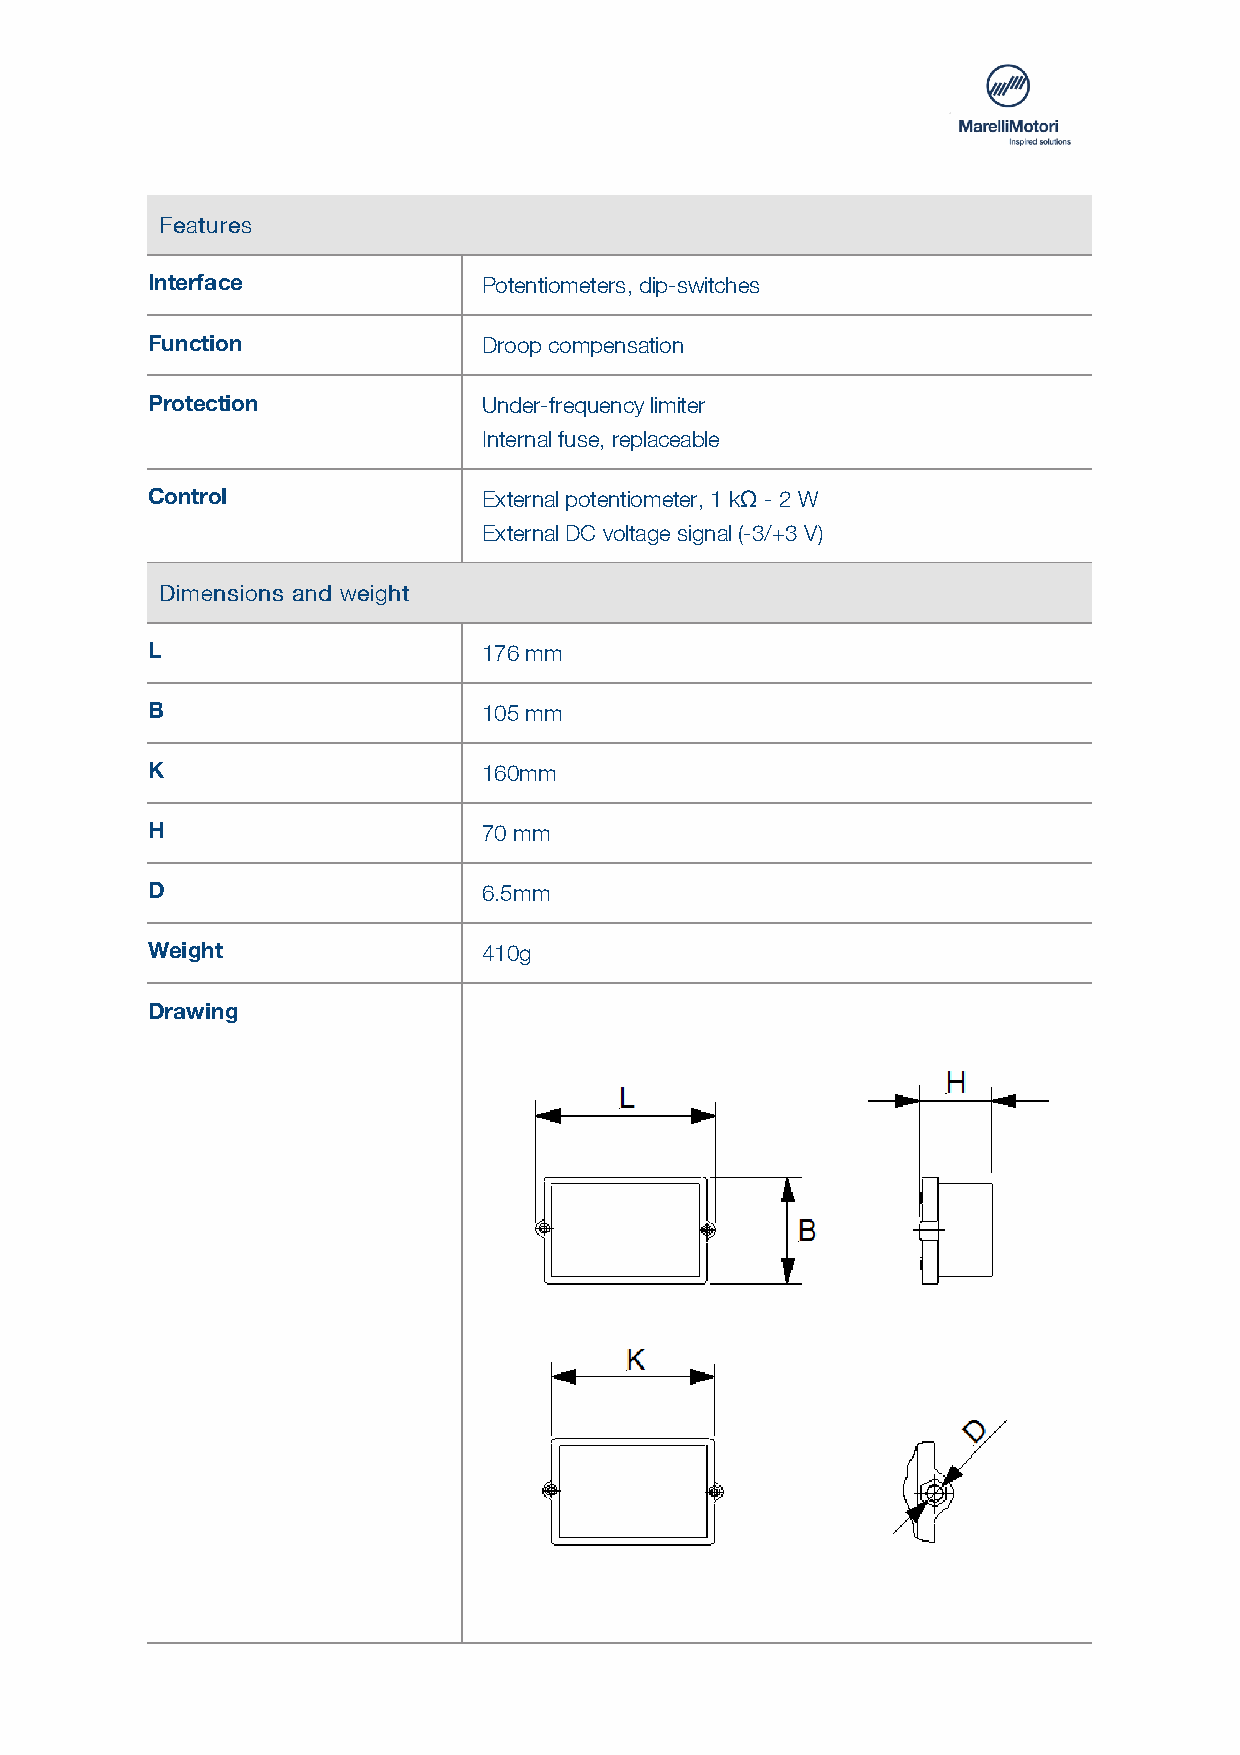
FFeeaattuurreess
 Interface             Potentiometers, dip-switches
 Function              Droop compensation
 Protection            Under-frequency limiter
 Internal fuse, replaceable
 Control               External potentiometer, 1 kΩ - 2 W
 External DC voltage signal (-3/+3 V)
 DDiimmeennssiioonnss aanndd wweeiigghhtt
 L                     176 mm
 B                     105 mm
 K                     160mm
 H                     70 mm
 D                     6.5mm
 Weight                410g
 Drawing